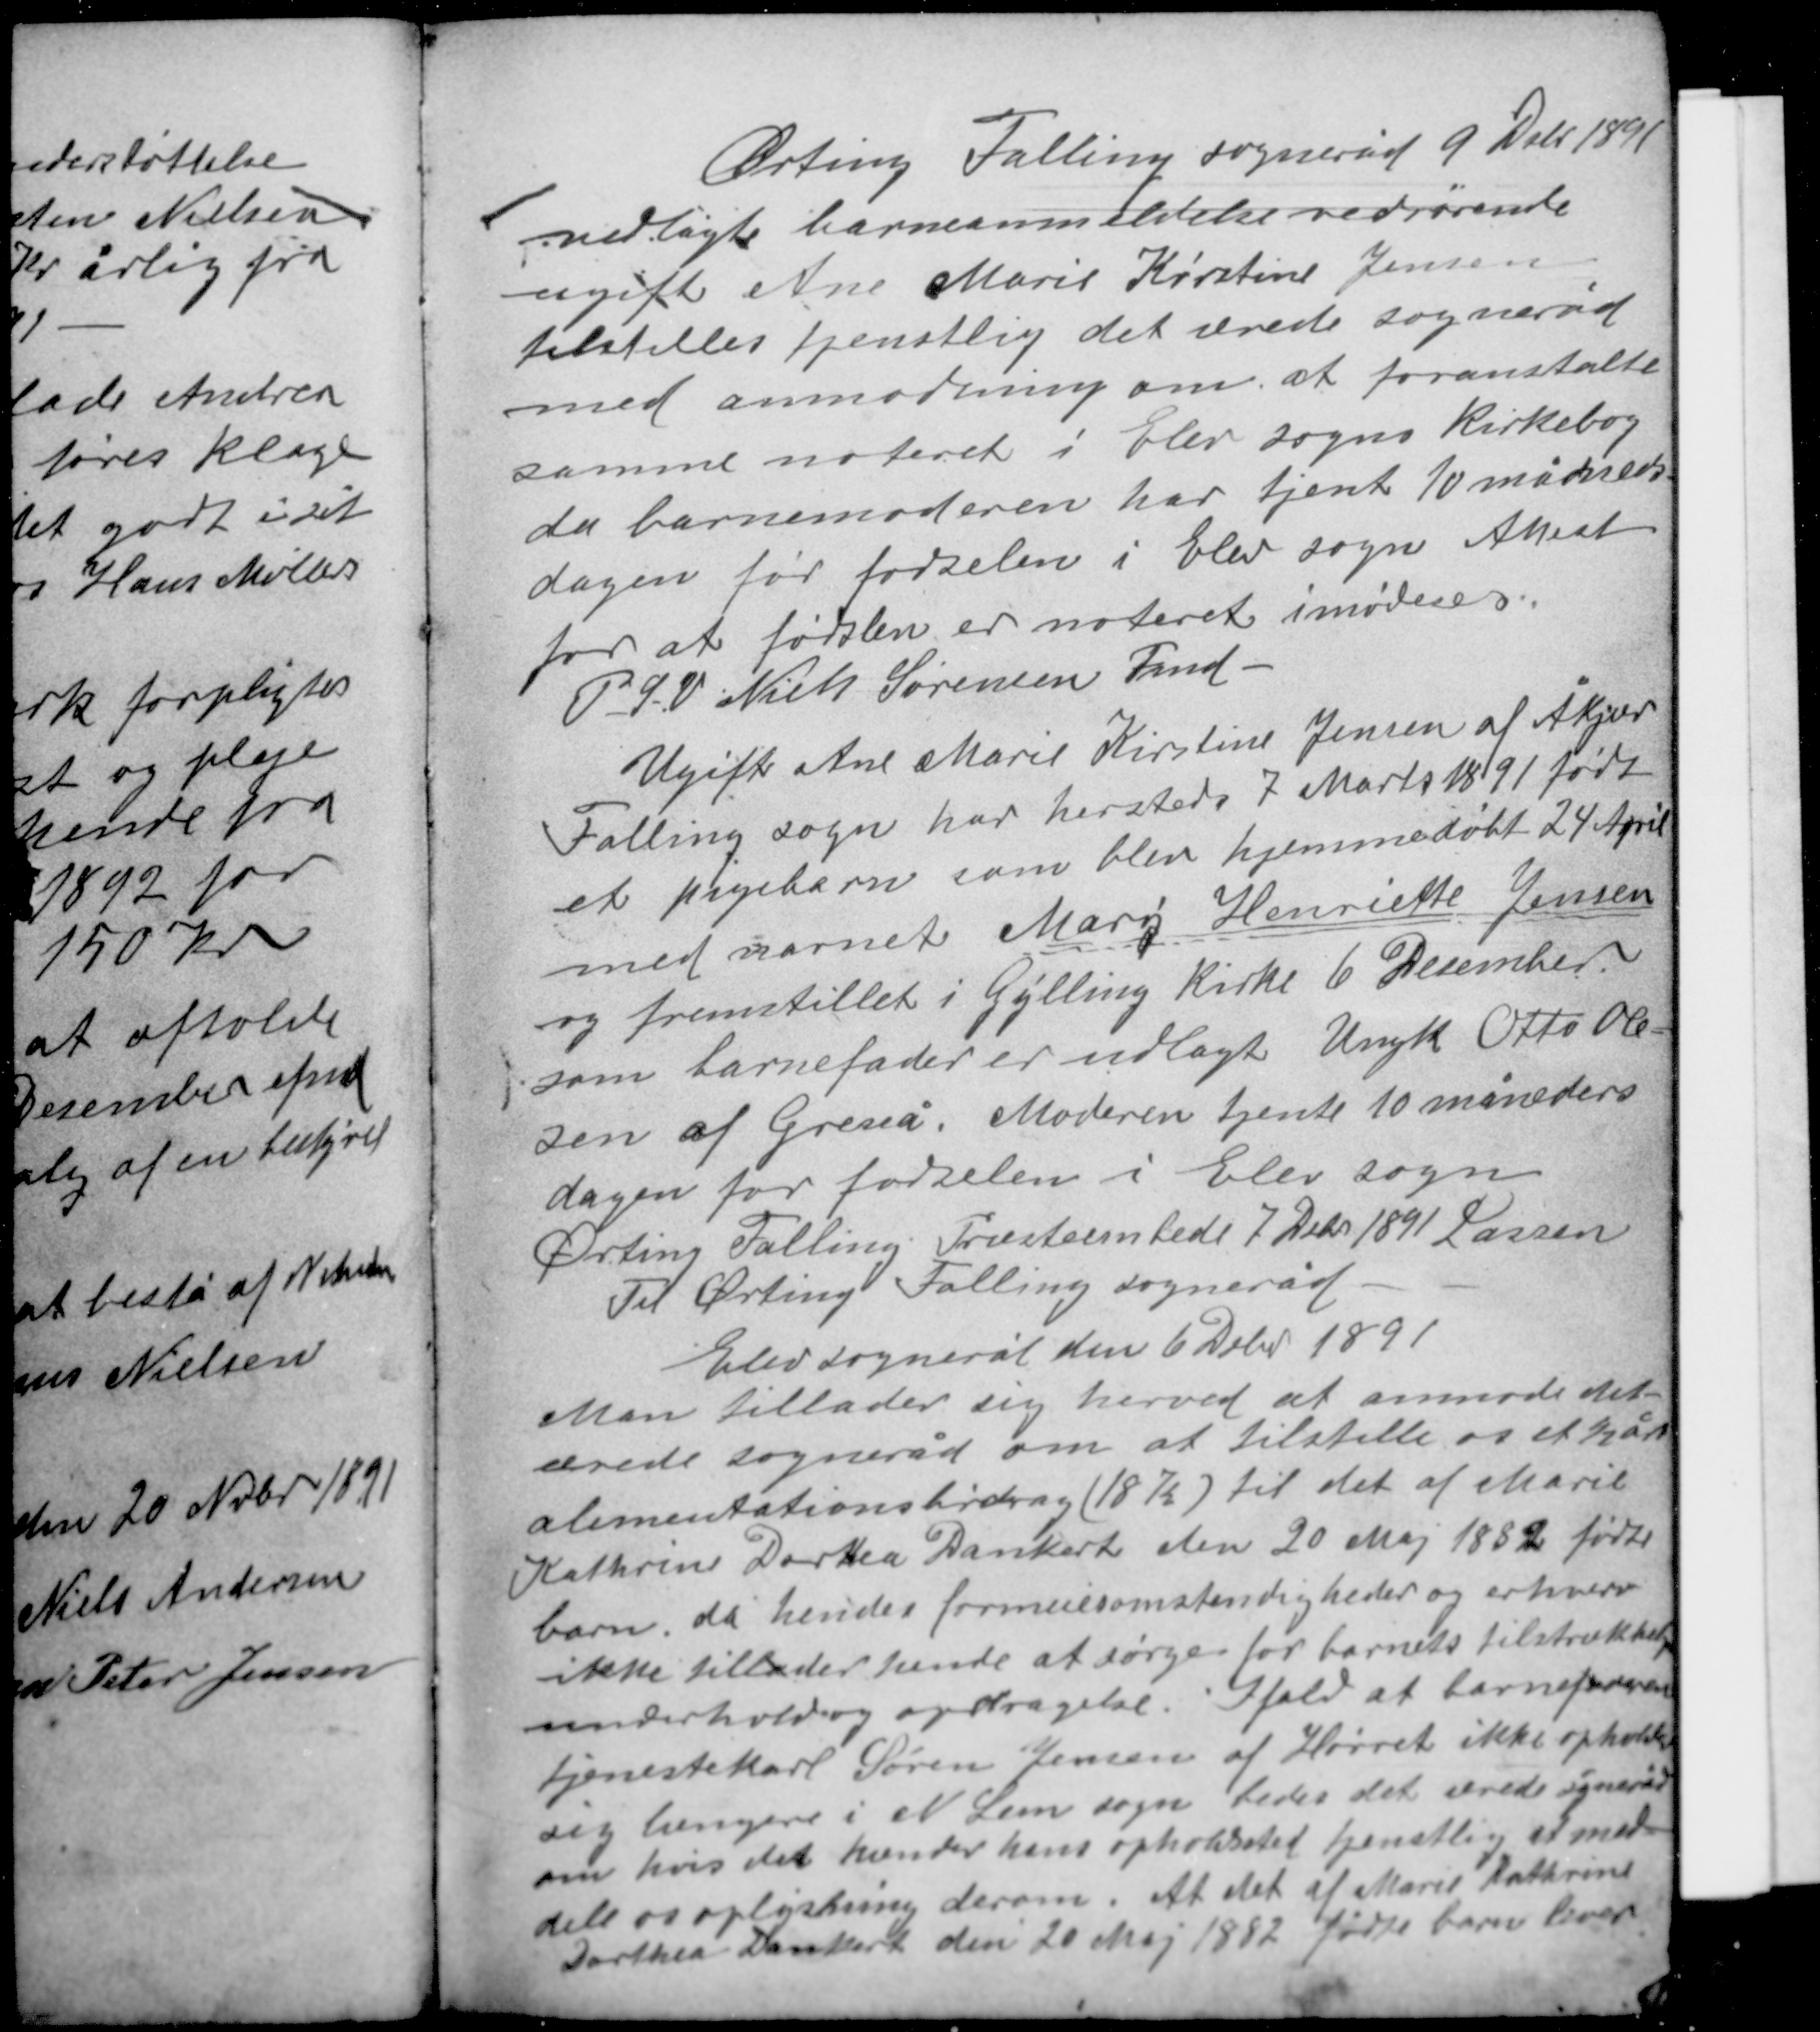
Transskription:
Ørting Falling sogneråd 9 Debr 1891
vedlagte barneanmeldelse vedrørende
ugifte Ane Marie Kirstine Jensen
tilstilles tjenstlig det ærede sogneråd
med anmodning om at foranstalte
samme noteret i Elev sogns kirkebog
da barnemoderen har tjent 10 måneders
dagen før fødselen i Elev sogn Attest
for at fødslen er noteret imødeses.
P.S.V. Niels Sørensen Fmd.

Ugifte Ane Marie Kirstine Jensen af Åkjær
Falling sogn har hersteds 7 Marts 1891 født
et pigebarn som blev hjemmedøbt 24 April
med navnet Marie Henriette Jensen
og fremstillet i Gylling kirke 6 December
som barnefader er udlagt Ungk. Otto Ole-
sen af Grenå. Moderen tjente 10 måneders
dagen for fødselen i Elev sogn
Ørting Falling Provsteembede 7 Debr 1891 Lassen
Til Ørting Falling sogneråd.

Elev sogneråd den 6 Debr 1891
Man tilader sig hered at anmode det
ærede sogneråd om at tilstille os et ½ års
alimentationsbidrag (18 K) til det af Marie
Katrine Dortea Dankart den 20 Maj1882 fødte
barn da hendes formuesomstændigheder og erhverv
ikke tillader hende at sørge for barnets tilstrækkelige
underhold og opdragelse. Ifald at barnefaderen
tjenestekarl Søren Jensen af Hørret ikke opholder
sig længere i N Lem sogn bedes det ærede sogneråd
om hvis det kender hans opholdssted tjenstligt at med-
dele os oplysning derom. At det af Marie Katrine
Dorthea Dankart den 20 Maj 1882 fødte barn lever